Veterinary [1909] -
Year: 1909
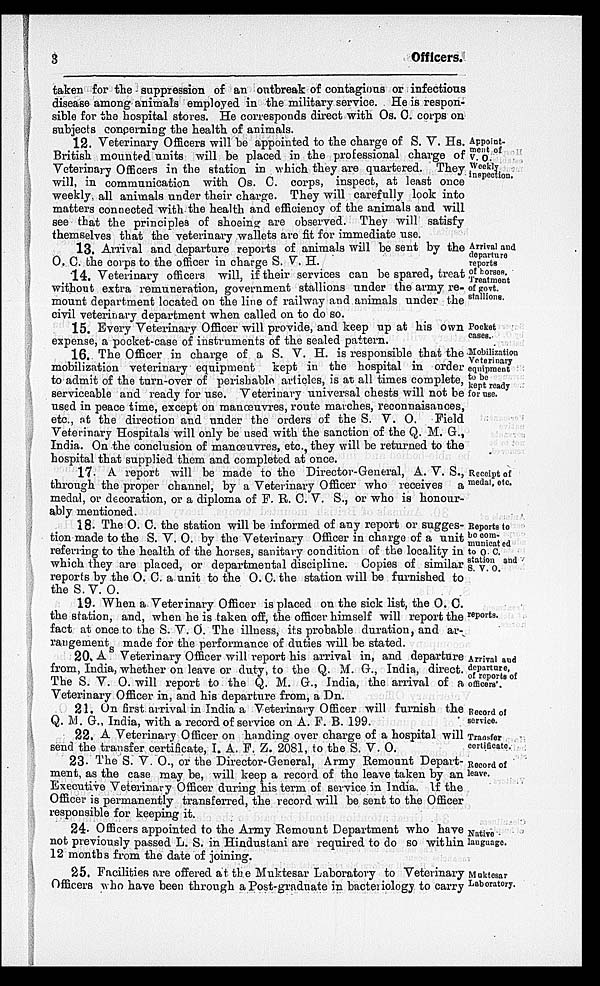
3
Officers.
taken for the suppression of an outbreak of contagious or infections
disease among animals employed in the military service. He is respon-
sible for the hospital stores. He corresponds direct with Os. C. corps on
subjects concerning the health of animals.
Appoint-
ment of
V. O.
Weekly
inspection.
12. Veterinary Officers will be appointed to the charge of S. V . Hs.
British mounted units will be placed in the professional charge of
Veterinary Officers in the station in which they are quartered. They
will, in communication with Os. C. corps, inspect, at least once
weekly, all animals under their charge. They will carefully look into
matters connected with the health and efficiency of the animals and will
see that the principles of shoeing are observed. They will satisfy
themselves that the veterinary wallets are fit for immediate use.
Arrival and
departure
reports
of horses.
13. Arrival and departure reports of animals will be sent by the
O. C. the corps to the officer in charge S. V. H.
Treatment
of govt.
stallions.
14. Veterinary officers will, if their services can be spared, treat
without extra remuneration, government stallions under the army re-
mount department located on the line of railway and animals under the
civil veterinary department when called on to do so.
Pocket
cases.
15. Every Veterinary Officer will provide, and keep up at his own
expense, a pocket-case of instruments of the sealed pattern.
Mobilization
Veterinary
equipment
to be
kept ready
for use.
16. The Officer in charge of a S. V. H. is responsible that the
mobilization veterinary equipment kept in the hospital in order
to admit of the turn-over of perishable articles, is at all times complete,
serviceable and ready for use. Veterinary universal chests will not be
used in peace time, except on manœuvres, route marches, reconnaisances,
etc., at the direction and under the orders of the S. V. O. Field
Veterinary Hospitals will only be used with the sanction of the Q. M. G.,
India. On the conclusion of manœuvres, etc., they will be returned to the
hospital that supplied them and completed at once.
Receipt of
medal, etc.
17. A report will be made to the Director-General, A. V. S.,
through the proper channel, by a Veterinary Officer who receives a
medal, or decoration, or a diploma of F. R. C. V. S., or who is honour-
ably mentioned.
Reports to
be com¬
municated
to O. C.
station and
S. V. O.
18. The O. C. the station will be informed of any report or sugges-
tion made to the S. V. O. by the Veterinary Officer in charge of a unit
referring to the health of the horses, sanitary condition of the locality in
which they are placed, or departmental discipline. Copies of similar
reports by the O. C. a unit to the O. C. the station will be furnished to
the S. V. O.
reports.
19. When a Veterinary Officer is placed on the sick list, the O. C.
the station, and, when he is taken off, the officer himself will report the
fact at once to the S. V. O. The illness, its probable duration, and ar-
rangement made for the performance of duties will be stated.
Arrival and
departure,
of reports of
officers'.
20. A S Veterinary Officer will report his arrival in, and departure
from, India, whether on leave or duty, to the Q. M. G., India, direct.
The S. V. O. will report to the Q. M. G., India, the arrival of a
Veterinary Officer in, and his departure from, a Dn.
Record of
service.
21. On first arrival in India a Veterinary Officer will furnish the
Q. M. G., India, with a record of service on A. F. B. 199.
Transfer
certificate.
22. A Veterinary Officer on handing over charge of a hospital will
send the transfer certificate, I. A. F. Z. 2081, to the S. V. O.
Record of
leave.
23. The S. V. O., or the Director-General, Army Remount Depart-
ment, as the case may be, will keep a record of the leave taken by an
Executive Veterinary Officer during his term of service in India. If the
Officer is permanently transferred, the record will be sent to the Officer
responsible for keeping it.
Native
language.
24. Officers appointed to the Army Remount Department who have
not previously passed L. S. in Hindustani are required to do so within
12 months from the date of joining.
Muktesar
Laboratory.
25. Facilities are offered at the Muktesar Laboratory to Veterinary
Officers who have been through a Post-graduate in bacteriology to carry